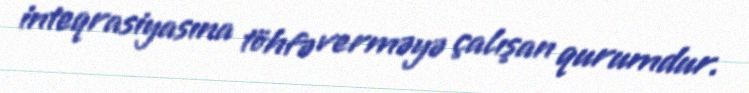
inteqrasiyasına töhfə verməyə çalışan qurumdur.